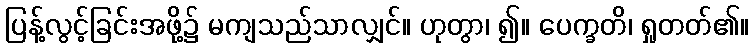
ပြန့်လွင့်ခြင်းအဖို့၌ မကျသည်သာလျှင်။ ဟုတွာ၊ ၍။ ပေက္ခတိ၊ ရှုတတ်၏။